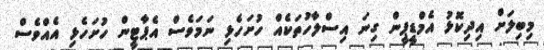
މިބިލަށް އިދިކޮޅު އެމްޑީޕީން ގިނަ އިސްލާހުތަކެއް ހުށަހެޅި ނަމަވެސް އެޕާޓީން ހުށަހެޅި އެއްވެސް